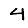
Digit: 4